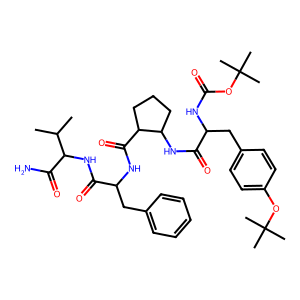
SMILES: CC(C)C(NC(=O)C(Cc1ccccc1)NC(=O)C1CCCC1NC(=O)C(Cc1ccc(OC(C)(C)C)cc1)NC(=O)OC(C)(C)C)C(N)=O
Inhibits HIV replication: No